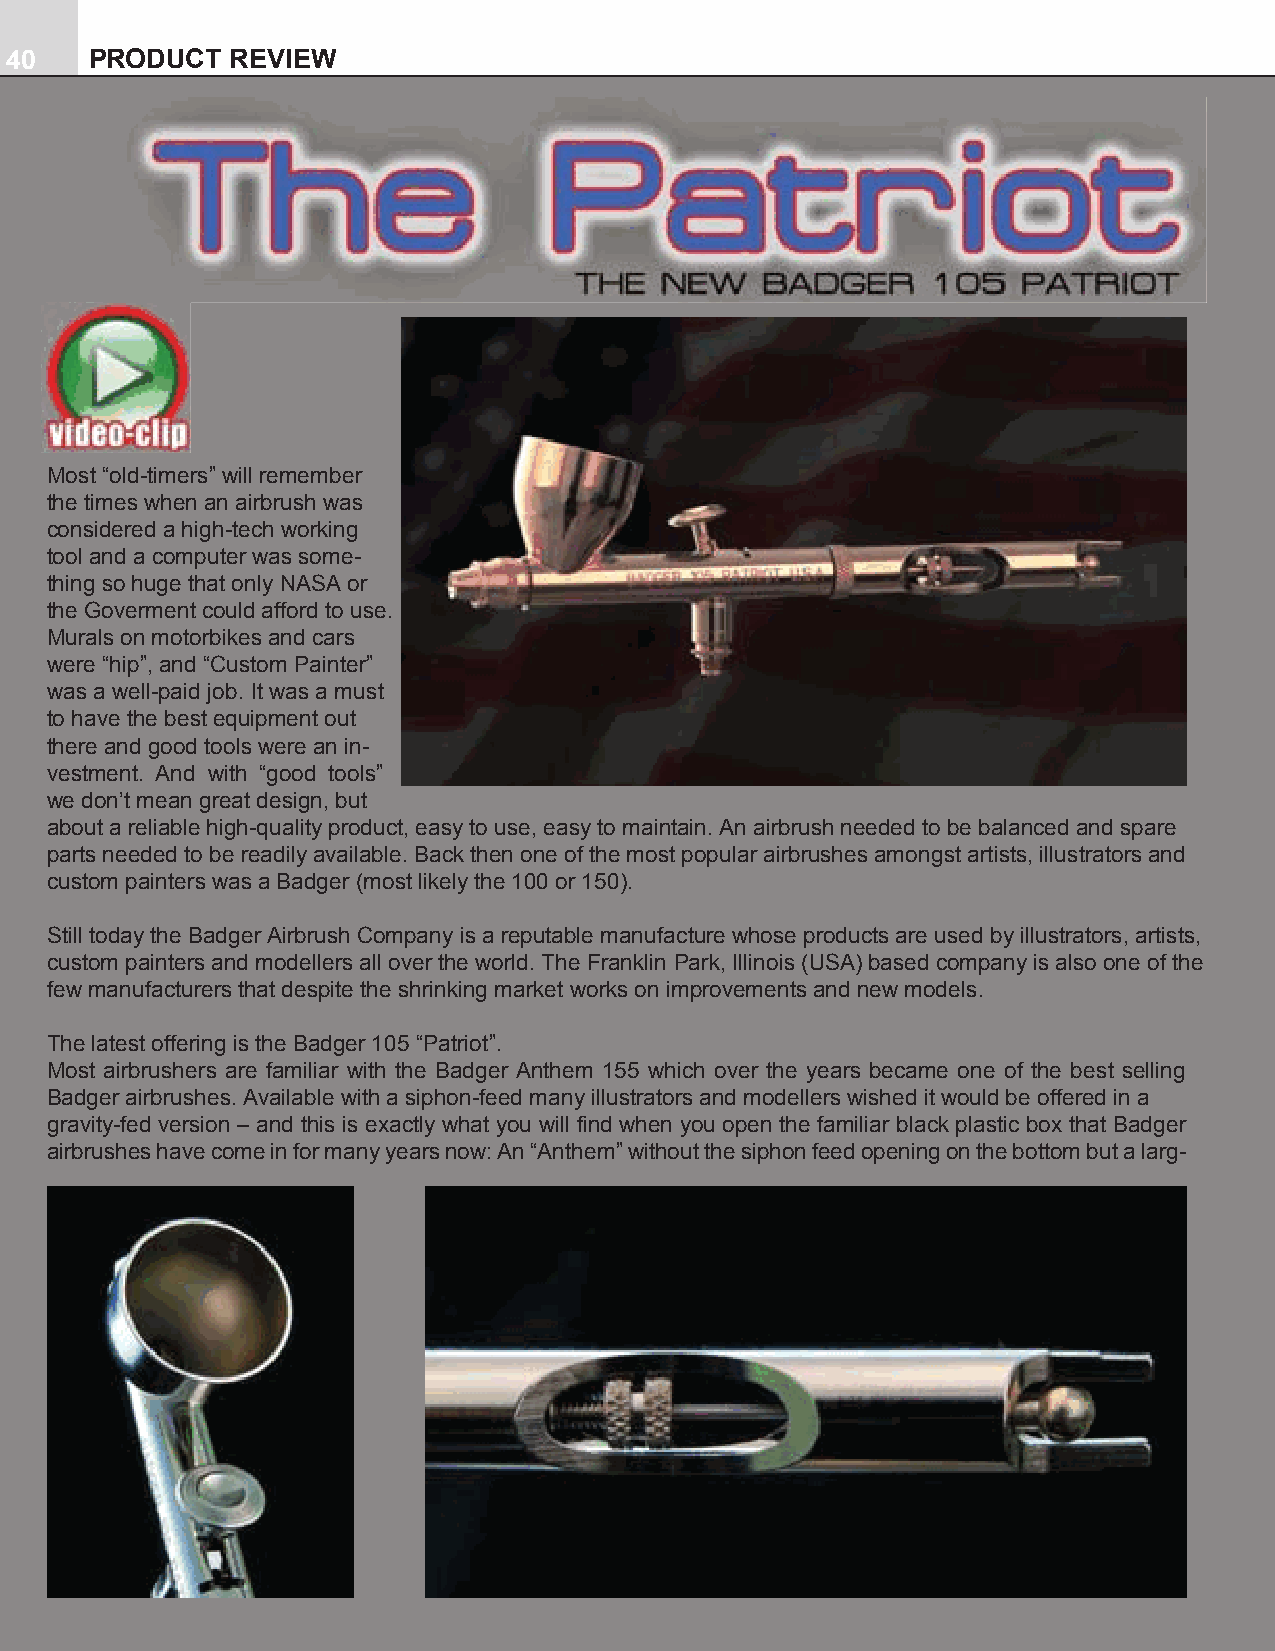
40    PRODUCT  REVIEW
 Most “old-timers” will remember
 the times when an airbrush was
 considered a high-tech working
 tool and a computer was some-
 thing so huge that only NASA or
 the Goverment could afford to use.
 Murals on motorbikes and cars
 were “hip”, and “Custom Painter”
 was a well-paid job. It was a must
 to have the best equipment out
 there and good tools were an in-
 vestment. And with “good tools”
 we don’t mean great design, but
 about a reliable high-quality product, easy to use, easy to maintain. An airbrush needed to be balanced and spare
 parts needed to be readily available. Back then one of the most popular airbrushes amongst artists, illustrators and
 custom painters was a Badger (most likely the 100 or 150).
 Still today the Badger Airbrush Company is a reputable manufacture whose products are used by illustrators, artists,
 custom painters and modellers all over the world. The Franklin Park, Illinois (USA) based company is also one of the
 few manufacturers that despite the shrinking market works on improvements and new models.
 The latest offering is the Badger 105 “Patriot”.
 Most airbrushers are familiar with the Badger Anthem 155 which over the years became one of the best selling
 Badger airbrushes. Available with a siphon-feed many illustrators and modellers wished it would be offered in a
 gravity-fed version – and this is exactly what you will find when you open the familiar black plastic box that Badger
 airbrushes have come in for many years now: An “Anthem” without the siphon feed opening on the bottom but a larg-